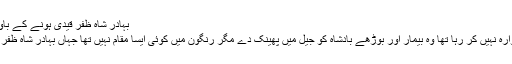
بہادر شاہ ظفر قیدی ہونے کے باوجودبادشاہ تھا اور
نیلسن کا ضمیر گوارہ نہیں کر رہا تھا وہ بیمار اور بوڑھے بادشاہ کو جیل میں پھینک دے مگر رنگون میں کوئی ایسا مقام نہیں تھا جہاں بہادر شاہ ظفر کو رکھا جا سکتا۔